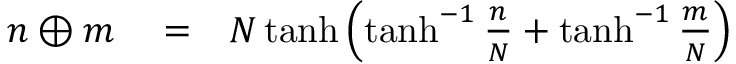
\begin{array} { r l r } { n \oplus m } & { { } = } & { N \operatorname { t a n h } \left( \operatorname { t a n h } ^ { - 1 } \frac { n } { N } + \operatorname { t a n h } ^ { - 1 } \frac { m } { N } \right) } \end{array}